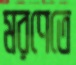
মরণেতে